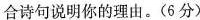
合诗句说明你的理由。(6分)